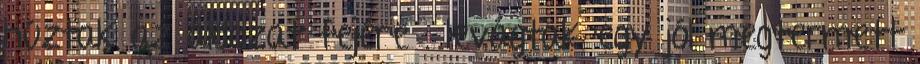
húztak az áldozat fejére . levágtak egy jól megtermett